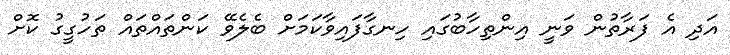
އަދި އެ ފަރާތުން ވަނީ އިންތިހާބުގައި ހިނގާފައިވާކަމަށް ބެލެވޭ ކަންތައްތައް ތަހުގީގު ކޮށް